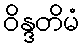
ဝိန္ဒတိမံ